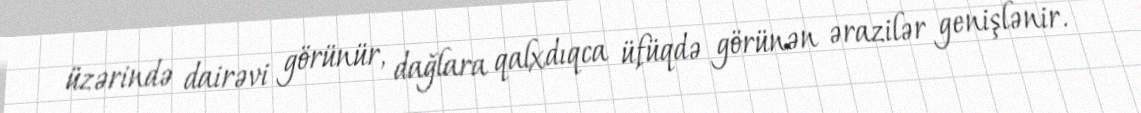
üzərində dairəvi görünür, dağlara qalxdıqca üfüqdə görünən ərazilər genişlənir.